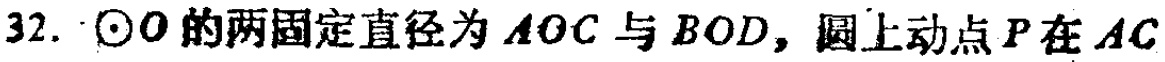
$32.\odot O$的两固定直径为$AOC$与$BOD$，圆上动点$P$在$AC$